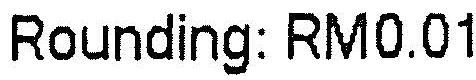
ROUNDING: RM0.01